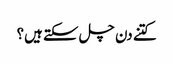
کتنے دن چل سکتے ہیں؟